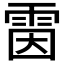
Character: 𩂥